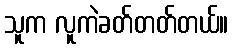
သူက လူကဲခတ်တတ်တယ်။